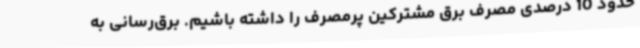
حدود 10 درصدی مصرف برق مشترکین پرمصرف را داشته باشیم. برق‌رسانی به